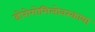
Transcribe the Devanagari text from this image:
डोरोगोमिलोवस्काया